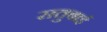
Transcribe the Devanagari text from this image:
सतुबाई